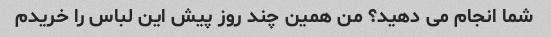
شما انجام می دهید؟ من همین چند روز پیش این لباس را خریدم